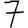
Digit: 7